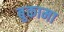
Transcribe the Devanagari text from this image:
बुकामा